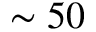
\sim 5 0